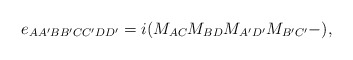
\begin{align*}e_{AA^{\prime }BB^{\prime }CC^{\prime }DD^{\prime}}=i(M_{AC}M_{BD}M_{A^{\prime }D^{\prime }}M_{B^{\prime }C^{\prime }}-), \end{align*}